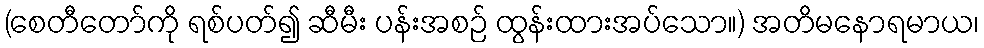
(စေတီတော်ကို ရစ်ပတ်၍ ဆီမီး ပန်းအစဉ် ထွန်းထားအပ်သော။) အတိမနောရမာယ၊